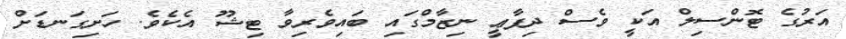
އަރުގެ ޓޮންސިލް އަކީ ވެސް ދިފާޢީ ނިޒާމްގައި ބައިވެރިވާ ޓިޝޫ އެކެވެ. ހަށިގަނޑަށް